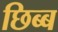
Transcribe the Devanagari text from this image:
छिब्ब